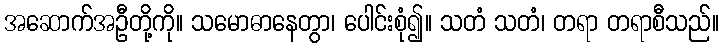
အဆောက်အဦတို့ကို။ သမောဓာနေတွာ၊ ပေါင်းစုံ၍။ သတံ သတံ၊ တရာ တရာစီသည်။